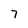
Character: 7